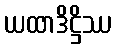
ယထာဒိဋ္ဌိဿ